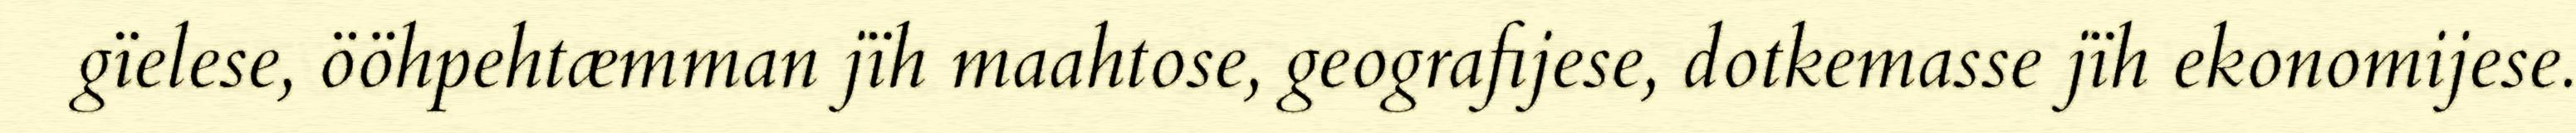
gïelese, ööhpehtæmman jïh maahtose, geografijese, dotkemasse jïh ekonomijese.